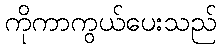
ကိုကာကွယ်ပေးသည်